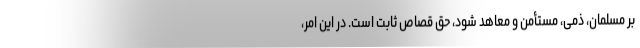
بر مسلمان، ذمی، مستأمن و معاهد شود، حق قصاص ثابت است. در این امر،